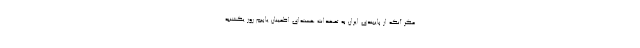
مگر آنکه از پایبندی ایران به تعهدات هسته‌ای اطمینان یابیم روز یکشنبه